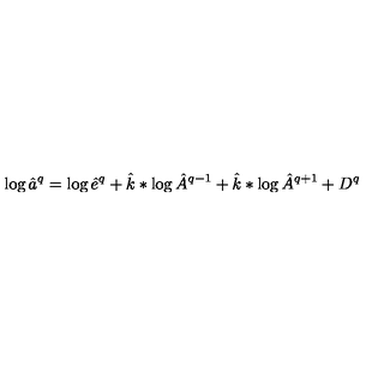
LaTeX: \log \hat { a } ^ { q } = \log \hat { e } ^ { q } + \hat { k } * \log \hat { A } ^ { q - 1 } + \hat { k } * \log \hat { A } ^ { q + 1 } + D ^ { q }